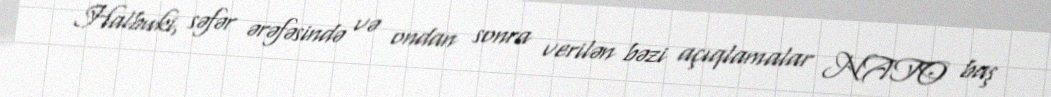
Halbuki, səfər ərəfəsində və ondan sonra verilən bəzi açıqlamalar NATO baş